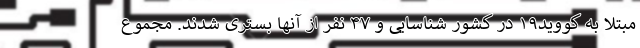
مبتلا به کووید۱۹ در کشور شناسایی و ۴۷ نفر از آنها بستری شدند. مجموع